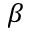
\beta